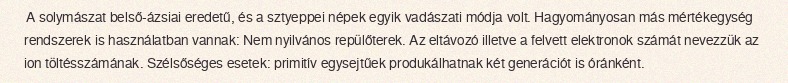
A solymászat belső-ázsiai eredetű, és a sztyeppei népek egyik vadászati módja volt. Hagyományosan más mértékegység rendszerek is használatban vannak: Nem nyilvános repülőterek. Az eltávozó illetve a felvett elektronok számát nevezzük az ion töltésszámának. Szélsőséges esetek: primitív egysejtűek produkálhatnak két generációt is óránként.